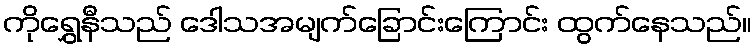
ကိုရွှေနီသည် ဒေါသအမျက်ခြောင်းကြောင်း ထွက်နေသည်။